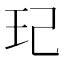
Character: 玘